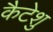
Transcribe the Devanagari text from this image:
कैटेशु